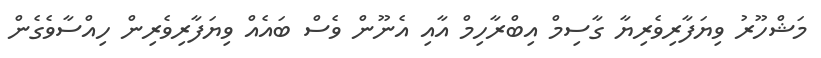
މަޝްހޫރު ވިޔަފާރިވެރިޔާ ގާސިމް އިބްރާހިމް އާއި އެނޫން ވެސް ބައެއް ވިޔަފާރިވެރިން ހިއްސާވެގެން